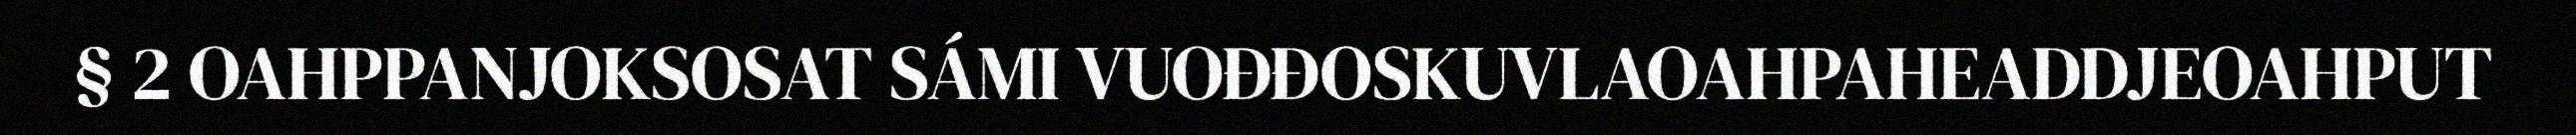
§ 2 OAHPPANJOKSOSAT SÁMI VUOĐĐOSKUVLAOAHPAHEADDJEOAHPUT